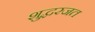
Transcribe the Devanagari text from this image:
शुद्धरजत